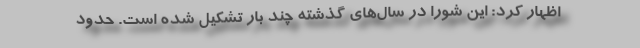
‌ اظهار کرد: این شورا در سال‌های گذشته چند بار تشکیل شده است. حدود